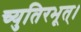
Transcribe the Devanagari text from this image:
च्युतिरभूत्।